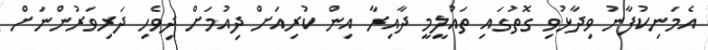
އެމަނިކުފާނު ވިދާޅުވި ގޮތުގައި ތައުލީމީ ދާއިރާ އިން ކުރިއަށް ދިއުމަށް ދިވެހި ދަރިވަރުންނަށް